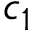
c _ { 1 }